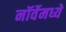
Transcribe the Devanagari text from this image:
नॉर्वेमध्ये